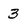
Character: 3